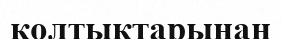
қолтықтарынан